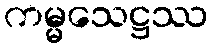
ကမ္မသေဋ္ဌဿ